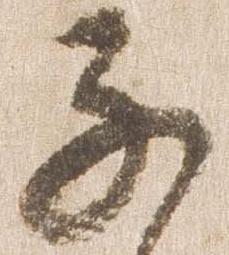
子